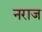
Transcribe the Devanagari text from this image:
नराज